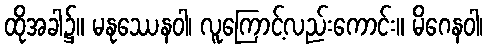
ထိုအခါ၌။ မနုဿေနဝါ၊ လူကြောင့်လည်းကောင်း။ မိဂေနဝါ၊